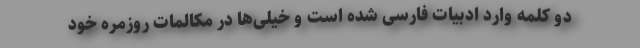
دو کلمه وارد ادبیات فارسی شده است و خیلی‌ها در مکالمات روزمره خود